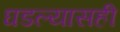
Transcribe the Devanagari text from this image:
घडल्यासही